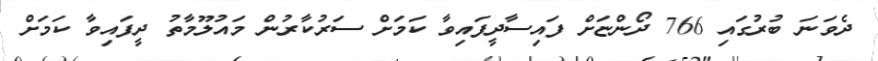
ދެވަނަ ބުރުގައި 766 ދޯންޏަށް ފައިސާދީފައިވާ ކަމަށް ސަރުކާރުން މައުލޫމާތު ދީފައިވާ ކަމަށް